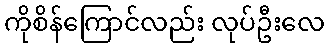
ကိုစိန်ကြောင်လည်း လုပ်ဦးလေ